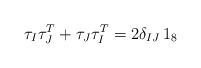
\begin{align*}\tau_I\tau^T_J+\tau_J\tau^T_I= 2\delta_{IJ}\, 1_8\end{align*}